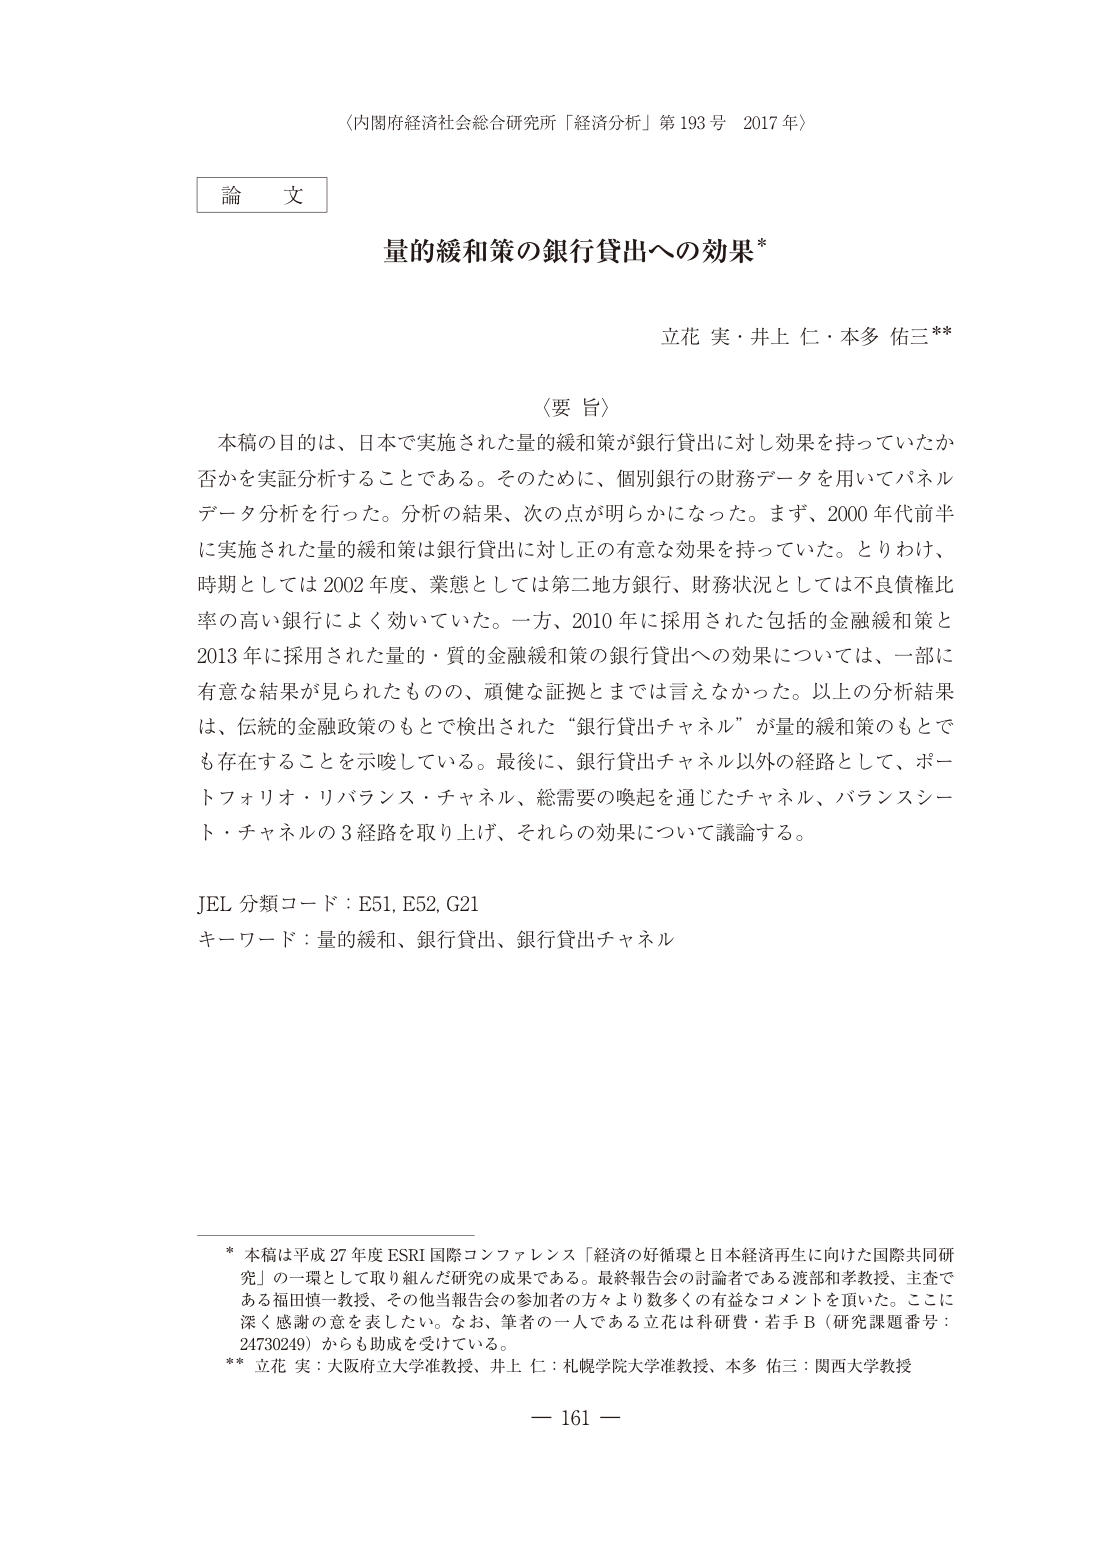
〈内閣府経済社会総合研究所「経済分析」第193号 2017年〉

論文

量的緩和策の銀行貸出への効果*

立花 実・井上 仁・本多 佑三**

〈要旨〉
本稿の目的は、日本で実施された量的緩和策が銀行貸出に対し効果を持っていたか否かを実証分析することである。そのために、個別銀行の財務データを用いてパネルデータ分析を行った。分析の結果、次の点が明らかになった。まず、2000年代前半に実施された量的緩和策は銀行貸出に対し正の有意な効果を持っていた。とりわけ、時期としては2002年度、業態としては第二地方銀行、財務状況としては不良債権比率の高い銀行によく効いていた。一方、2010年に採用された包括的金融緩和策と2013年に採用された量的・質的金融緩和策の銀行貸出への効果については、一部に有意な結果が見られたものの、頑健な証拠とまでは言えなかった。以上の分析結果は、伝統的金融政策のもとで検出された“銀行貸出チャネル”が量的緩和策のもとでも存在することを示唆している。最後に、銀行貸出チャネル以外の経路として、ポートフォリオ・リバランス・チャネル、総需要の喚起を通じたチャネル、バランスシート・チャネルの3経路を取り上げ、それらの効果について議論する。

JEL分類コード：E51, E52, G21
キーワード：量的緩和、銀行貸出、銀行貸出チャネル

* 本稿は平成27年度ESRI国際コンファレンス「経済の好循環と日本経済再生に向けた国際共同研究」の一環として取り組んだ研究の成果である。最終報告会の討論者である渡部和孝教授、主査である福田慎一教授、その他当報告会の参加者の方々より数多くの有益なコメントを頂いた。ここに深く感謝の意を表したい。なお、筆者の一人である立花は科研費・若手B（研究課題番号：24730249）からも助成を受けている。
** 立花 実：大阪府立大学准教授、井上 仁：札幌学院大学准教授、本多 佑三：関西大学教授

— 161 —